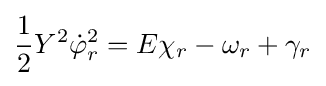
{\frac {1}{2}}Y^{2}{\dot {\varphi }}_{r}^{2}=E\chi _{r}-\omega _{r}+\gamma _{r}